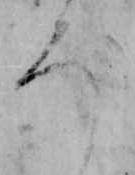
ろ